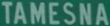
TAMESNA